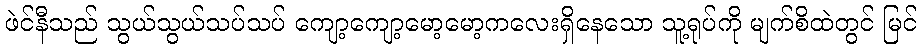
ဖဲင်နီသည် သွယ်သွယ်သပ်သပ် ကျော့ကျော့မော့မော့ကလေးရှိနေသော သူ့ရုပ်ကို မျက်စိထဲတွင် မြင်